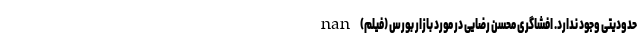
حدودیتی وجود ندارد. افشاگری محسن رضایی در مورد بازار بورس (فیلم) nan